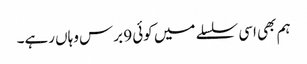
ہم بھی اسی سلسلے میں کوئی 9 برس وہاں رہے۔